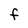
Character: F